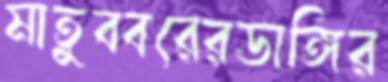
মাতুব্বরেরডাঙ্গির